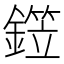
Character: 𬬂